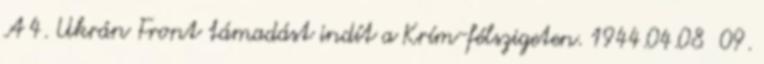
A 4. Ukrán Front támadást indít a Krím-félszigeten. 1944.04.08 09.